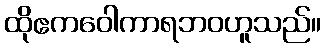
ထိုဧကဝေါကာရဘဝဟူသည်။